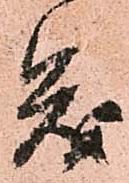
茂